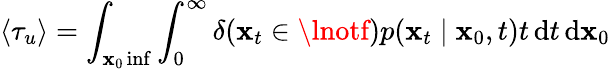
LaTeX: \langle\tau_{u}\rangle=\int_{\mathbf{x}_{0}\inf}\int_{0}^{\infty}\delta({\mathbf{x}_{t}\in\lnotf})p(\mathbf{x}_{t}\mid\mathbf{x}_{0},t)t\, \mathrm{{d}}t\, \mathrm{{d}}\mathbf{x}_{0}